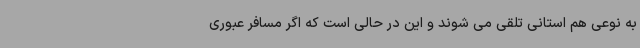
به نوعی هم استانی تلقی می شوند و این در حالی است که اگر مسافر عبوری